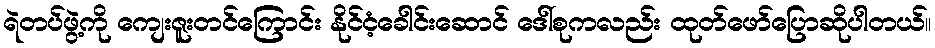
ရဲတပ်ဖွဲ့ကို ကျေးဇူးတင်ကြောင်း နိုင်ငံ့ခေါင်းဆောင် ဒေါ်စုကလည်း ထုတ်ဖော်ပြောဆိုပါတယ်။